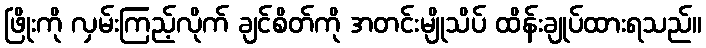
ဖြိုးကို လှမ်းကြည့်လိုက် ချင်စိတ်ကို အတင်းမျိုသိပ် ထိန်းချုပ်ထားရသည်။